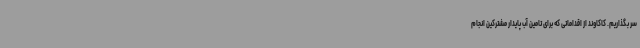
سر بگذاریم. کاکاوند از اقداماتی که برای تامین آب پایدار مشترکین انجام